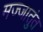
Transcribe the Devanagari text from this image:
मज्जातुंत